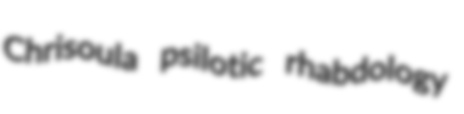
Chrisoula psilotic rhabdology